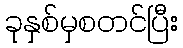
ခုနှစ်မှစတင်ပြီး